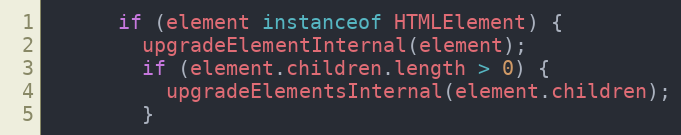
Language: JavaScript
      if (element instanceof HTMLElement) {
        upgradeElementInternal(element);
        if (element.children.length > 0) {
          upgradeElementsInternal(element.children);
        }